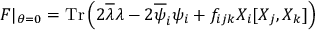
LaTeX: { \cal F } \vert _ { \theta = 0 } = \mathrm { T r } \left( 2 \overline { { { \lambda } } } \lambda - 2 \overline { { { \psi } } } _ { i } \psi _ { i } + f _ { i j k } X _ { i } [ X _ { j } , X _ { k } ] \right)